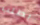
بطلب